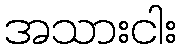
အသားငါး